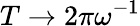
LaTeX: T\to 2\pi\omega^{-1}